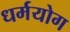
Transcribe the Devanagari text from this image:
धर्मयोग